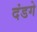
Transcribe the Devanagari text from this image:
दंडगे